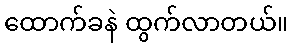
ထောက်ခနဲ ထွက်လာတယ်။